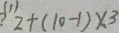
( 1 ) 2 + ( 1 0 - 1 ) \times 3